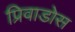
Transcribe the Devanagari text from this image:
प्रिवाडोस